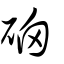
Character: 硇